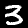
Digit: 3